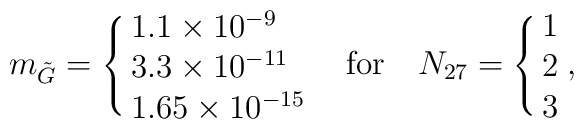
m_{\tilde G} = \cases{1.1\times 10^{-9}\cr3.3\times 10^{-11}\cr1.65\times 10^{-15}\cr} \quad {\rm for} \quad N_{27} = \cases{1\cr2\cr3\cr},